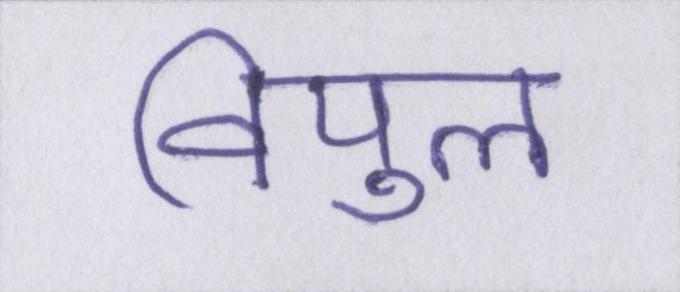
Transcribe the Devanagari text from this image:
विपुल